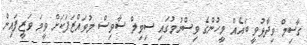
ގާސިމް ވިދާޅުވީ ބައެއް މީހުންގެ ވިސްނުމުގައި ސިވިލް ސާވިސް މުވައްޒަފަކަށް ވީމަ ވަޒީފައިން